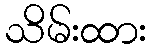
သိမ်းထား